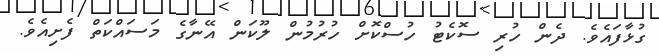
ގުޅާފައެވެ. ދެން ހުރި ސޮކެޓު ހުސްކޮށް ހުރުމުން ލޫކަން އޭނާގެ މަސައްކަތް ފެށިއެވެ.